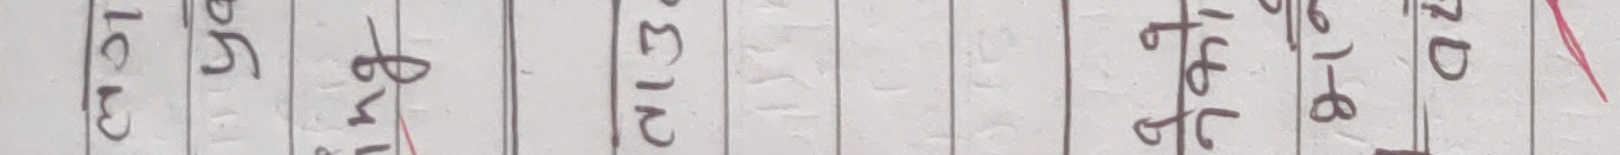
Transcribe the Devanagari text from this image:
१८ १५ ४८ १३ १८ ७५ २०७८